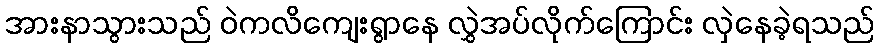
အားနာသွားသည် ဝဲကလိကျေးရွာနေ လွှဲအပ်လိုက်ကြောင်း လှဲနေခဲ့ရသည်